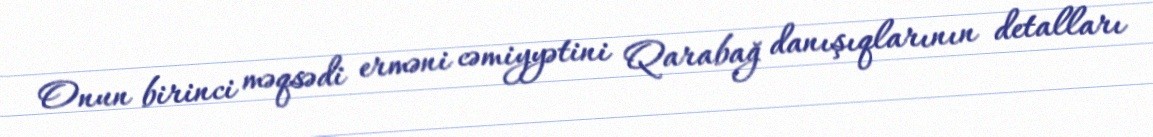
Onun birinci məqsədi erməni cəmiyyətini Qarabağ danışıqlarının detalları